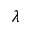
\lambda